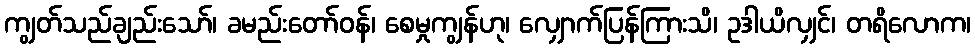
ကျွတ်သည်ချည်းသော်၊ ခမည်းတော်ဝန်၊ စေမှုကျွန်ဟု၊ လျှောက်ပြန်ကြားသိ၊ ဥဒါယိလျှင်၊ တရိလောက၊